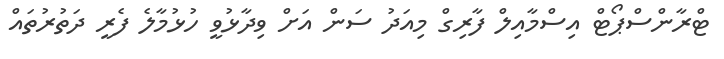
ޓްރާންސްްޕޯޓް އިސްމާއިލް ފާރިގް މިއަދު ސަން އަށް ވިދާޅުވީ ހުޅުމާލެ ފެރީ ދަތުރުތައް